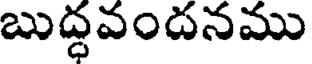
బుద్ధవందనము